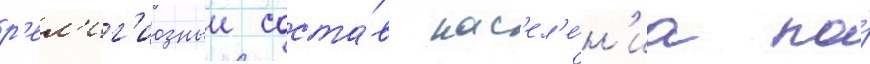
р'ел'иг'иозныи соста́в нас'ел'е́н'иа по́